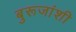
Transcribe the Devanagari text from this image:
बुरूजांशी